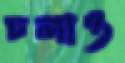
চলাও